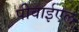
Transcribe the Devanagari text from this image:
पीवाईएल